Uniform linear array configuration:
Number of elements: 24
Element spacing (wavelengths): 0.75
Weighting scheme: uniform
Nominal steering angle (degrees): -45
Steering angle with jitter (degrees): -46.737
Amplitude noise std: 0.05
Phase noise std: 0.05

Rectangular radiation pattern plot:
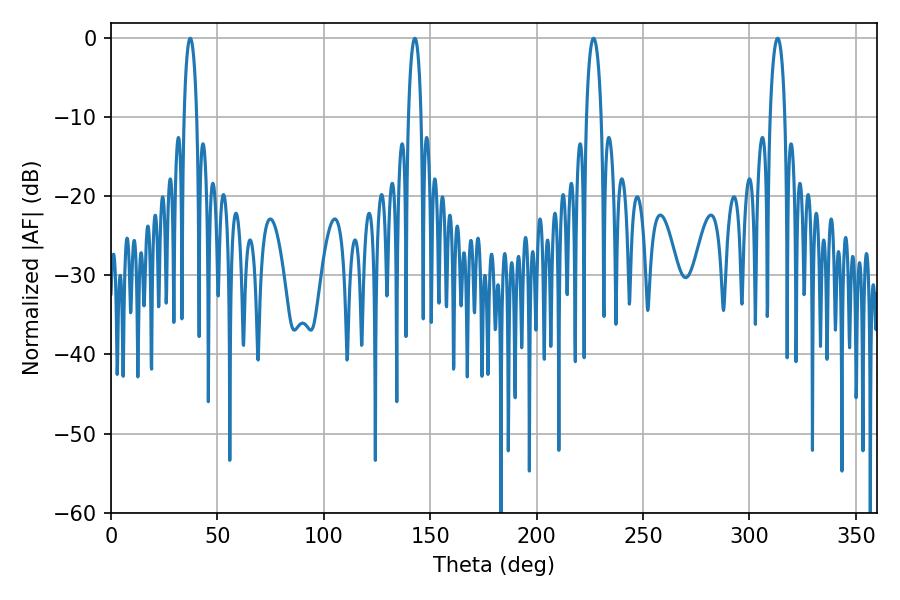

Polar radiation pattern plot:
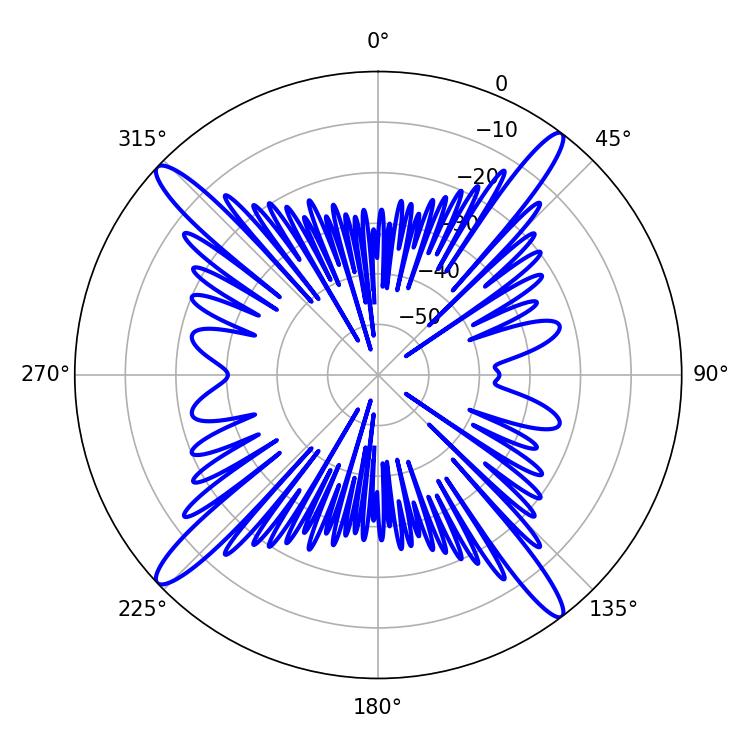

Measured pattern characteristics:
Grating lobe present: TRUE
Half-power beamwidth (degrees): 3.24
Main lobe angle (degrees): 37.26